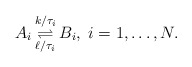
\begin{align*} A_i \mathop{\rightleftharpoons}\limits_{\ell/\tau_i}^{k/\tau_i} B_i,\; i=1,\ldots,N. \end{align*}